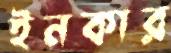
ইনকার